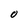
Character: o